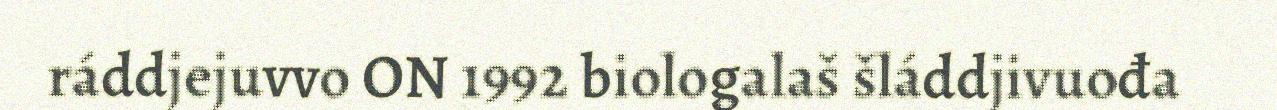
ráddjejuvvo ON 1992 biologalaš šláddjivuođa